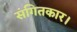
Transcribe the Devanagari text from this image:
संगितकार।